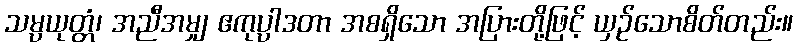
သမ္ပယုတ္တံ၊ အညီအမျှ ဧကုပ္ပါဒတာ အစရှိသော အပြားတို့ဖြင့် ယှဉ်သောစိတ်တည်း။